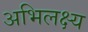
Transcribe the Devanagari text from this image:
अभिलक्ष्य